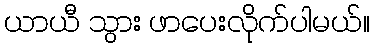
ယာယီ သွား ဖာပေးလိုက်ပါမယ်။